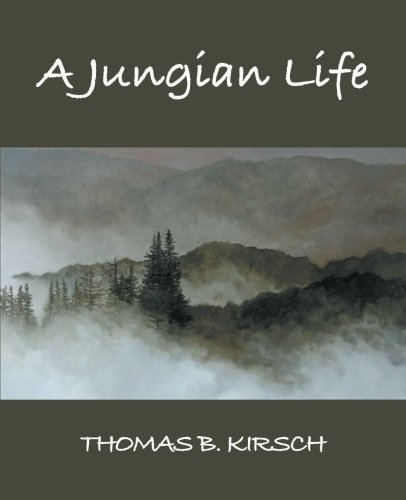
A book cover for A Jungian Life; Thomas B. Kirsch; Biographies & Memoirs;